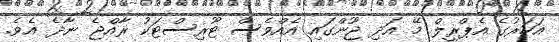
އަހަރުގެ އެޕްރީލް މޭ އަދި ޖޫންގައި އެއްވެސް ޓޫރިސްޓަކު ރާއްޖެ ނާދެ އެވެ.